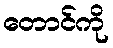
တောင်ကို